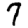
Digit: 7